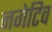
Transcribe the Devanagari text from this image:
नगेटिव